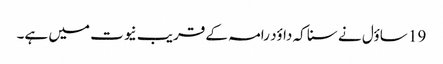
19 ساؤل نے سنا کہ داؤد رامہ کے قریب نیوت میں ہے۔